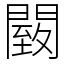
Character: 䦯